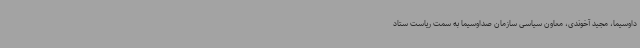
داوسیما، مجید آخوندی، معاون سیاسی سازمان صداوسیما به سمت ریاست ستاد